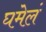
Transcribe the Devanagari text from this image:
घमेलं